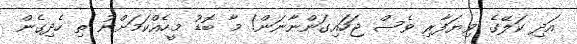
އަދި ކަލޭގެ ވިޔަފާރި ވެސް ޖަހައިގަންނާނަން! މާ ބޮޑު މީހެއްކަމަށްނު ތި ހެދިގެން